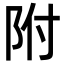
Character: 附